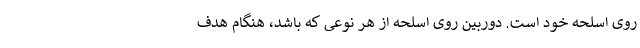
روی اسلحه خود است. دوربین روی اسلحه از هر نوعی که باشد، هنگام هدف